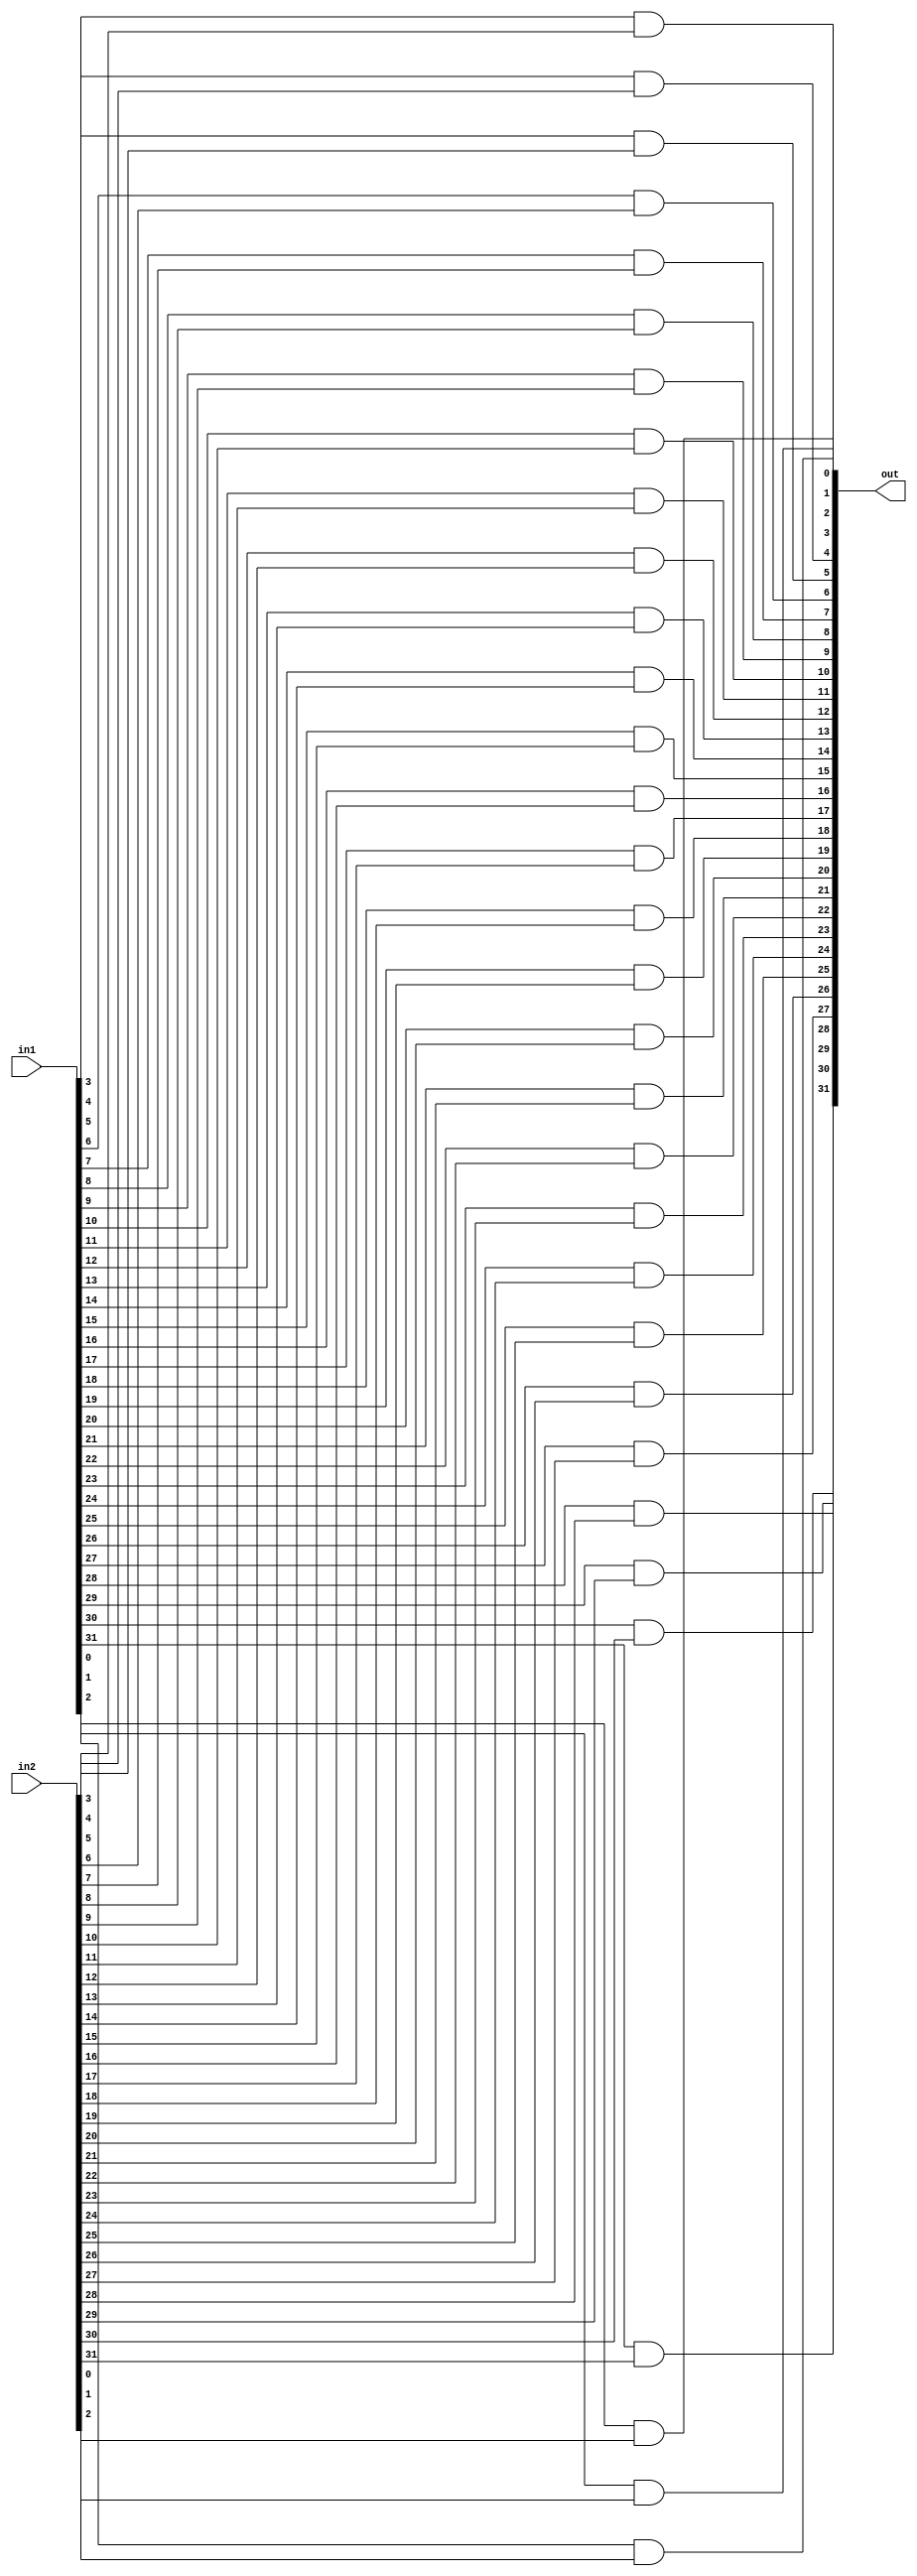
module AND(in1,in2,out);                //this module does a 32-bit AND operation

input [31:0] in1;
input [31:0] in2;
output [31:0] out;

and A0(out[0],in1[0],in2[0]);
and A1(out[1],in1[1],in2[1]);
and A2(out[2],in1[2],in2[2]);
and A3(out[3],in1[3],in2[3]);
and A4(out[4],in1[4],in2[4]);
and A5(out[5],in1[5],in2[5]);
and A6(out[6],in1[6],in2[6]);
and A7(out[7],in1[7],in2[7]);
and A8(out[8],in1[8],in2[8]);
and A9(out[9],in1[9],in2[9]);
and A10(out[10],in1[10],in2[10]);
and A11(out[11],in1[11],in2[11]);
and A12(out[12],in1[12],in2[12]);
and A13(out[13],in1[13],in2[13]);
and A14(out[14],in1[14],in2[14]);
and A15(out[15],in1[15],in2[15]);
and A16(out[16],in1[16],in2[16]);
and A17(out[17],in1[17],in2[17]);
and A18(out[18],in1[18],in2[18]);
and A19(out[19],in1[19],in2[19]);
and A20(out[20],in1[20],in2[20]);
and A21(out[21],in1[21],in2[21]);
and A22(out[22],in1[22],in2[22]);
and A23(out[23],in1[23],in2[23]);
and A24(out[24],in1[24],in2[24]);
and A25(out[25],in1[25],in2[25]);
and A26(out[26],in1[26],in2[26]);
and A27(out[27],in1[27],in2[27]);
and A28(out[28],in1[28],in2[28]);
and A29(out[29],in1[29],in2[29]);
and A30(out[30],in1[30],in2[30]);
and A31(out[31],in1[31],in2[31]);

endmodule

module OR(in1,in2,out);                //this module does a 32-bit OR operation

input [31:0] in1;
input [31:0] in2;
output [31:0] out;

or o0(out[0],in1[0],in2[0]);
or o1(out[1],in1[1],in2[1]);
or o2(out[2],in1[2],in2[2]);
or o3(out[3],in1[3],in2[3]);
or o4(out[4],in1[4],in2[4]);
or o5(out[5],in1[5],in2[5]);
or o6(out[6],in1[6],in2[6]);
or o7(out[7],in1[7],in2[7]);
or o8(out[8],in1[8],in2[8]);
or o9(out[9],in1[9],in2[9]);
or o10(out[10],in1[10],in2[10]);
or o11(out[11],in1[11],in2[11]);
or o12(out[12],in1[12],in2[12]);
or o13(out[13],in1[13],in2[13]);
or o14(out[14],in1[14],in2[14]);
or o15(out[15],in1[15],in2[15]);
or o16(out[16],in1[16],in2[16]);
or o17(out[17],in1[17],in2[17]);
or o18(out[18],in1[18],in2[18]);
or o19(out[19],in1[19],in2[19]);
or o20(out[20],in1[20],in2[20]);
or o21(out[21],in1[21],in2[21]);
or o22(out[22],in1[22],in2[22]);
or o23(out[23],in1[23],in2[23]);
or o24(out[24],in1[24],in2[24]);
or o25(out[25],in1[25],in2[25]);
or o26(out[26],in1[26],in2[26]);
or o27(out[27],in1[27],in2[27]);
or o28(out[28],in1[28],in2[28]);
or o29(out[29],in1[29],in2[29]);
or o30(out[30],in1[30],in2[30]);
or o31(out[31],in1[31],in2[31]);

endmodule